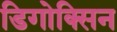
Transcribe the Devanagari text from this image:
डिगोक्सिन